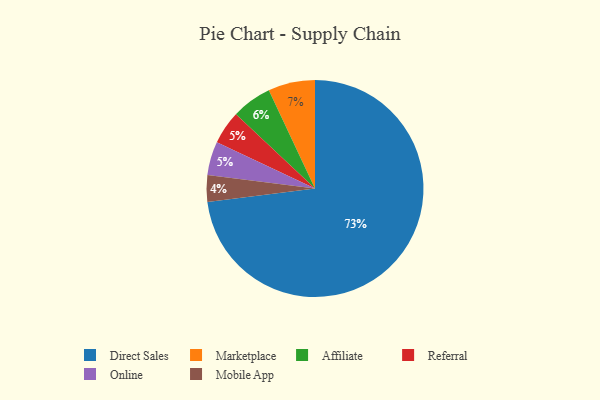
{"axis": {"x": "Category", "y": "Percentage"}, "legend": ["Affiliate", "Direct Sales", "Marketplace", "Mobile App", "Online", "Referral"], "data": [{"x": "Referral", "y": 5, "type": "Referral"}, {"x": "Marketplace", "y": 7, "type": "Marketplace"}, {"x": "Online", "y": 5, "type": "Online"}, {"x": "Affiliate", "y": 6, "type": "Affiliate"}, {"x": "Direct Sales", "y": 73, "type": "Direct Sales"}, {"x": "Mobile App", "y": 4, "type": "Mobile App"}]}